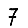
Digit: 7